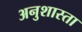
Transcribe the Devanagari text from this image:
अनुशास्ता